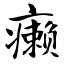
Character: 癞